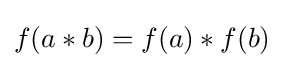
f(a*b)=f(a)*f(b)